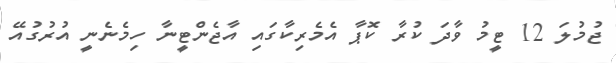
ޖުމުލަ 12 ޓީމު ވާދަ ކުރާ ކޮޕާ އެމެރިކާގައި އާޖެންޓީނާ ހިމެނެނީ އުރުގުއޭ